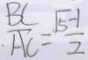
\frac { B C } { A C } = \frac { \sqrt { 5 } - 1 } { 2 }